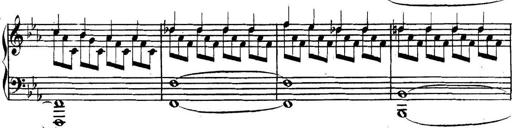
Title: Collected Piano Sonatas
Composer: Muzio Clementi